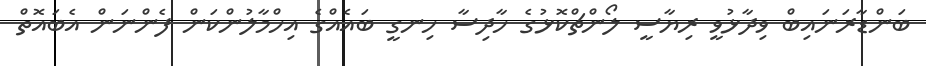
ބަންޑާރަނައިބް ވިދާޅުވީ ރިޔާސީ ލޯންޗްކޮޅުގެ ހާދިސާ ހިނގީ ބައެއްގެ އިހްމާލުންކަން ފެންނަން އެބައޮތް